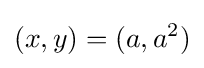
(x,y)=(a,a^{2})